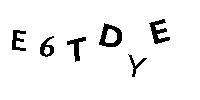
E6TDYE